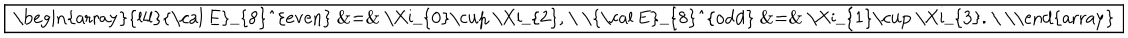
LaTeX: \fbox { \begin{array} { l l l } { { { \cal E } _ { 8 } ^ { e v e n } } } & { { = } } & { { \Xi _ { 0 } \cup \Xi _ { 2 } , } } \\ { { { \cal E } _ { 8 } ^ { o d d } } } & { { = } } & { { \Xi _ { 1 } \cup \Xi _ { 3 } . } } \\ \end{array} }